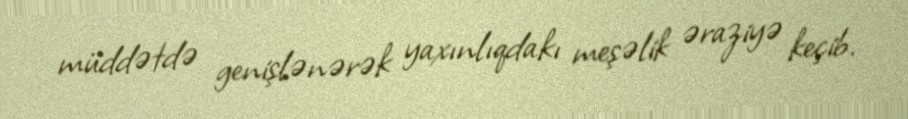
müddətdə genişlənərək yaxınlıqdakı meşəlik əraziyə keçib.